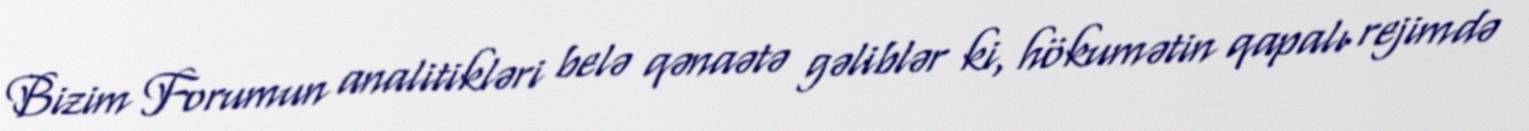
Bizim Forumun analitikləri belə qənaətə gəliblər ki, hökumətin qapalı rejimdə